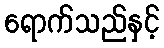
ရောက်သည်နှင့်